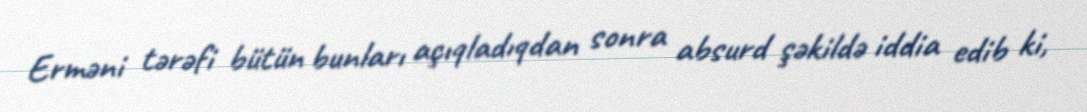
Erməni tərəfi bütün bunları açıqladıqdan sonra absurd şəkildə iddia edib ki,